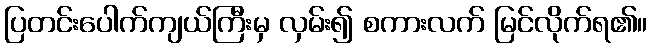
ပြတင်းပေါက်ကျယ်ကြီးမှ လှမ်း၍ စကားလက် မြင်လိုက်ရ၏။